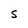
Character: S